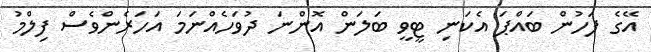
އޭގެ ފަހުން ބައްޕަ އެކަނި ޓީވީ ބަލަން އޮންނަ ދުވަހެއްނަމަ އަހަރެންވެސް ފިލްމު